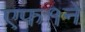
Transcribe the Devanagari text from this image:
एफ१ने